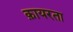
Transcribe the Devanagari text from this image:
क़ायरता